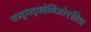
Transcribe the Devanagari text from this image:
चस्दुय्स्द्फ्वेर्गिओएतिअ